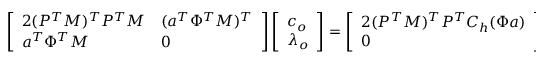
\left[ \begin{array} { l l } { 2 ( P ^ { T } M ) ^ { T } P ^ { T } M } & { ( \boldsymbol { a } ^ { T } \Phi ^ { T } M ) ^ { T } } \\ { \boldsymbol { a } ^ { T } \Phi ^ { T } M } & { 0 } \end{array} \right] \left[ \begin{array} { l } { \boldsymbol { c } _ { o } } \\ { \lambda _ { o } } \end{array} \right] = \left[ \begin{array} { l } { 2 ( P ^ { T } M ) ^ { T } P ^ { T } C _ { h } ( \Phi \boldsymbol { a } ) } \\ { 0 } \end{array} \right] .